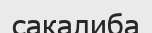
сакалиба